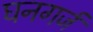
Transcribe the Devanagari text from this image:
घनगर्ज